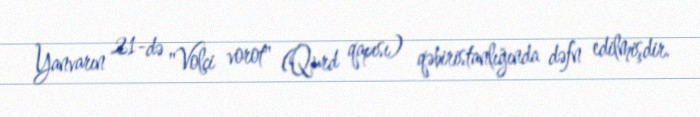
Yanvarın 21-də "Volçi vorot" (Qurd qapısı) qəbiristanlığında dəfn edilmişdir.